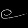
Digit: ၉